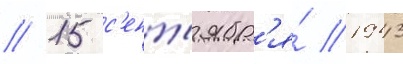
// 15 с'ент'ябр'я́ 1943